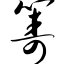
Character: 筹